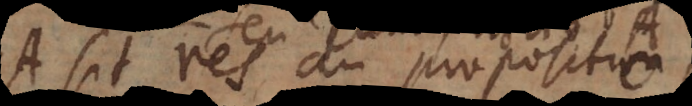
A sit res an propositio,